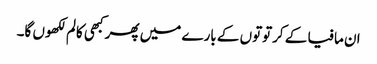
ان مافیا کے کرتوتوں کے بارے میں پھر کبھی کالم لکھوں گا۔